Indian journal of veterinary science and animal husbandry - Volume 9,
Year: 1939
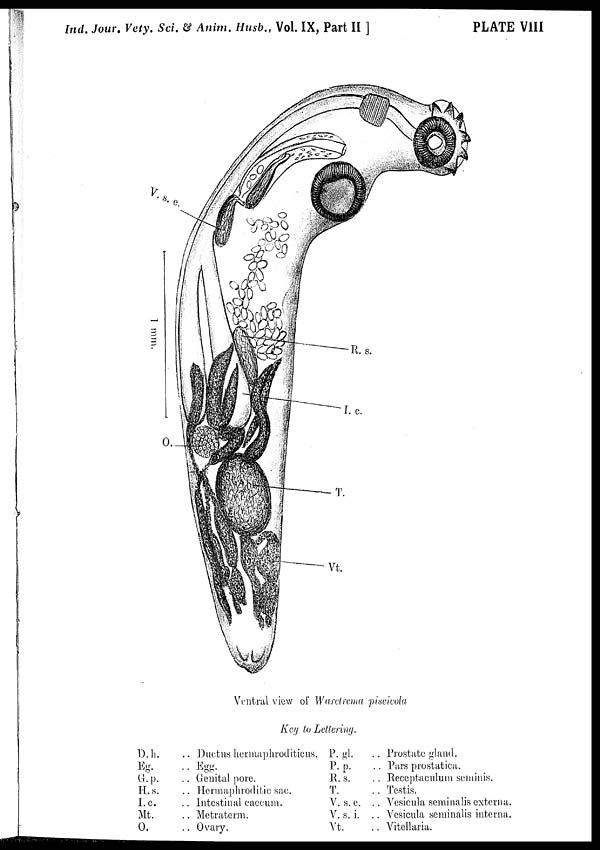
Ind. Jour. Vety. Sci. & Anim. Husb., Vol. IX, Part II ]
PLATE VIII
Ventral view of Waretrema piscicola
Key to Lettering.
D. h.
Eg.
G.p.
H.s.
I.c.
Mt.
O.
. . Ductus hermaphroditicus.
. . Egg.
. . Genital pore.
. . Hermaphroditic sac.
. . Intestinal caecum.
. . Metraterm.
. . Ovary.
P. gl.
P. p.
R. s.
T.
V. s. e.
V. s. i.
Vt.
.. Prostate gland.
.. Pars prostatica.
. . Receptaculum seminis.
.. Testis.
.. Vesicula seminalis externa.
.. Vesicula seminalis interna.
.. Vitellaria.